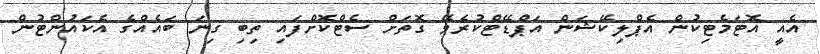
އެއީ އޮޓަމެޓިކުން އެޕްލިކޭޝަން އަޕްޑޭޓްކުރެވޭ ގޮތަށް ސެޓްކޮށްފައި ތިބި ގިނަ ބައެއްގެ އެކައުންޓުން